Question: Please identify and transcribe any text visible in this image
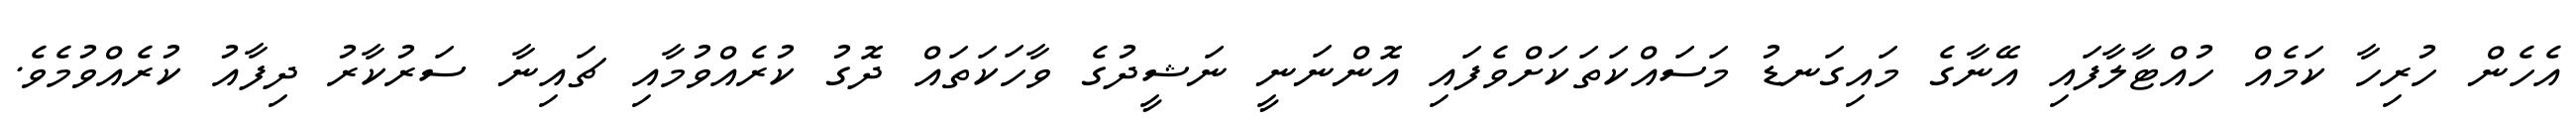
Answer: އެހެން ހުރިހާ ކަމެއް ހުއްޓާލާފައި އޭނާގެ މައިގަނޑު މަސައްކަތަކަށްވެފައި އޮންނަނީ ނަޝީދުގެ ވާހަކަތައް ދޮގު ކުރެއްވުމާއި ޗައިނާ ސަރުކާރު ދިފާއު ކުރެއްވުމެވެ.